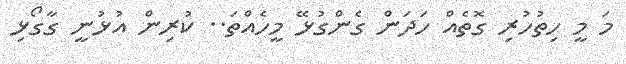
މަ މީ ހިތުހުރި ގޮތެއް ހަދަން ގެންގުޅޭ މީހެއްތަ.. ކުރިން އުޅުނީ ގާގޯޅި